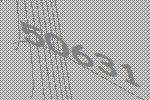
50631